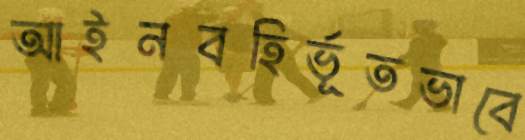
আইনবহির্ভূতভাবে